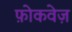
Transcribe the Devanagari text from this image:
फ़ोकवेज़